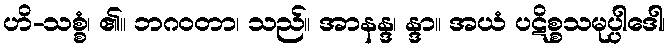
ဟိ-သစ္စံ၊ ၏။ ဘဂဝတာ၊ သည်။ အာနန္ဒ၊ န္ဒာ။ အယံ ပဋိစ္စသမုပ္ပါဒေါ၊